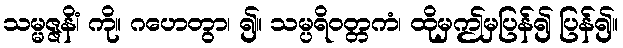
သမ္မဇ္ဇနိံ၊ ကို။ ဂဟေတွာ၊ ၍။ သမ္ပရိဝတ္တကံ၊ ထိုမှဤမှပြန်၍ ပြန်၍။